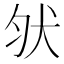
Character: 𰡀